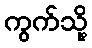
ကွက်သို့